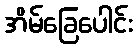
အိမ်ခြေပေါင်း